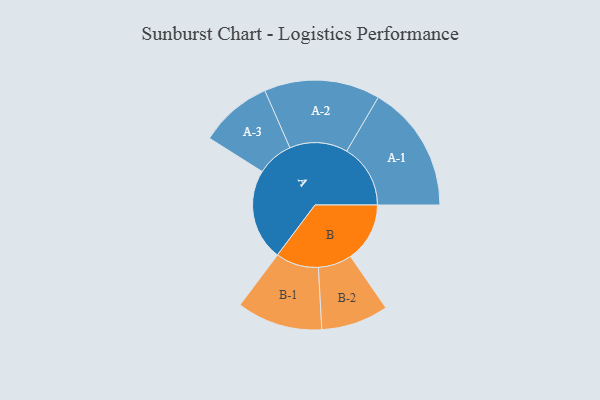
{"axis": {"x": "Segment", "y": "Value"}, "legend": ["", "A", "B"], "data": [{"x": "A", "y": 407, "type": ""}, {"x": "B", "y": 264, "type": ""}, {"x": "A-1", "y": 284, "type": "A"}, {"x": "A-2", "y": 258, "type": "A"}, {"x": "A-3", "y": 162, "type": "A"}, {"x": "B-1", "y": 191, "type": "B"}, {"x": "B-2", "y": 150, "type": "B"}]}